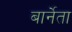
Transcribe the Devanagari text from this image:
बार्नेता